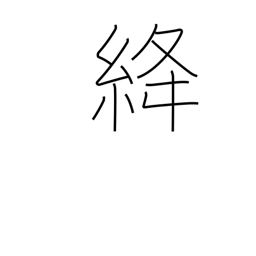
Meaning: red